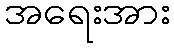
အရေးအား